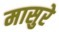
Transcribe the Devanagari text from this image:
मासुरे